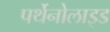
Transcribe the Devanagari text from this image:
पर्थेनोलाइड